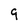
Character: 9